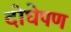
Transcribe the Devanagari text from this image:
दोघेपण